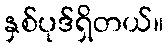
နှစ်ပုဒ်ရှိတယ်။